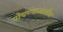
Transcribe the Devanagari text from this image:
पोचण्याआधीच